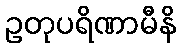
ဥတုပရိဏာမီနိ